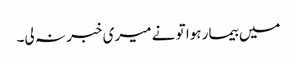
میں بیمار ہوا تو نے میری خبر نہ لی۔